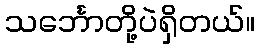
သင်္ဘောတို့ပဲရှိတယ်။